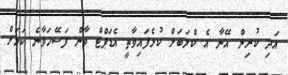
އަދި ކުރިން އޭނާ އެ ކްލަބަށް ކުޅެފައިވާތީ އެޑަޕްޓް ވާން ފަސޭހަވާނެ ކަމަށް